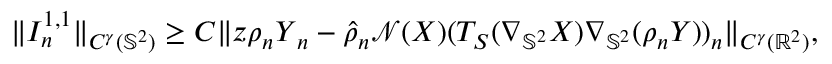
\begin{array} { r } { \| I _ { n } ^ { 1 , 1 } \| _ { C ^ { \gamma } ( \mathbb { S } ^ { 2 } ) } \geq C \| z \rho _ { n } \boldsymbol { Y } _ { n } - \widehat { \rho } _ { n } \mathcal { N } ( \boldsymbol { X } ) ( T _ { S } ( \nabla _ { \mathbb { S } ^ { 2 } } \boldsymbol { X } ) \nabla _ { \mathbb { S } ^ { 2 } } ( \rho _ { n } \boldsymbol { Y } ) ) _ { n } \| _ { C ^ { \gamma } ( \mathbb { R } ^ { 2 } ) } , } \end{array}